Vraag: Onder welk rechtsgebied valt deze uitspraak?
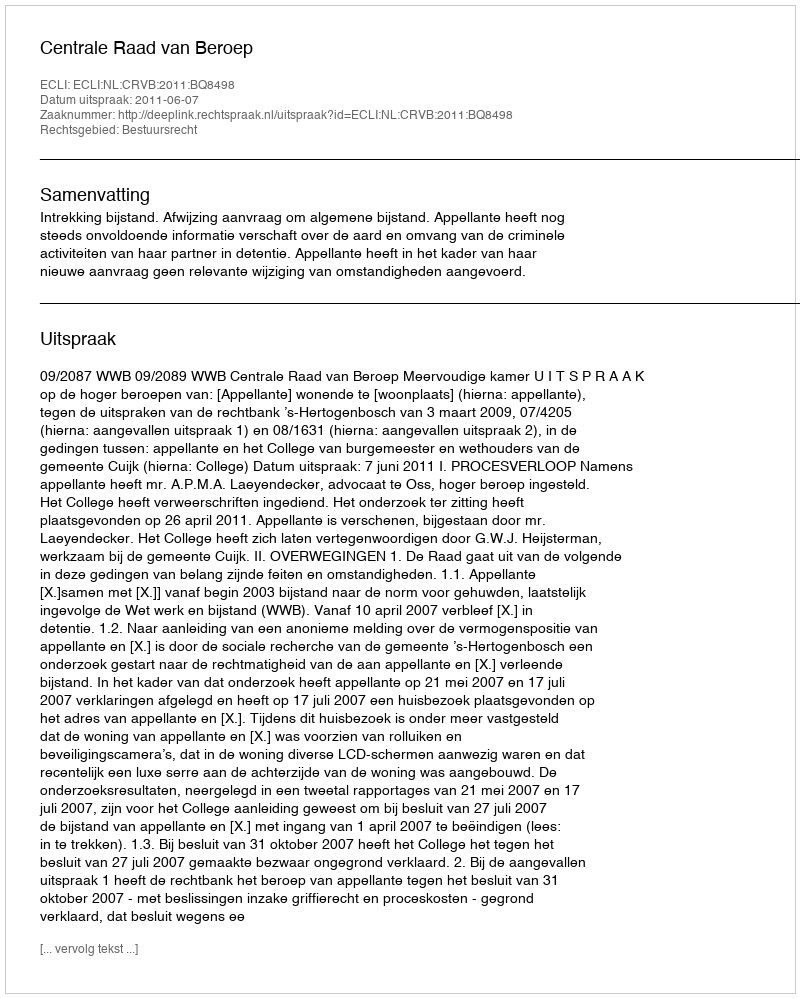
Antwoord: Bestuursrecht